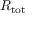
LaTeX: R _ { \mathrm { t o t } }